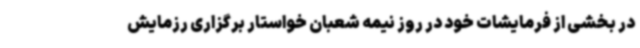
در بخشی از فرمایشات خود در روز نیمه شعبان خواستار برگزاری رزمایش